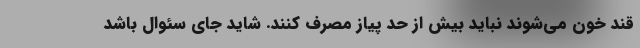
قند خون می‌شوند نباید بیش از حد پیاز مصرف کنند. شاید جای سئوال باشد